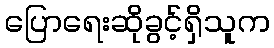
ပြောရေးဆိုခွင့်ရှိသူက